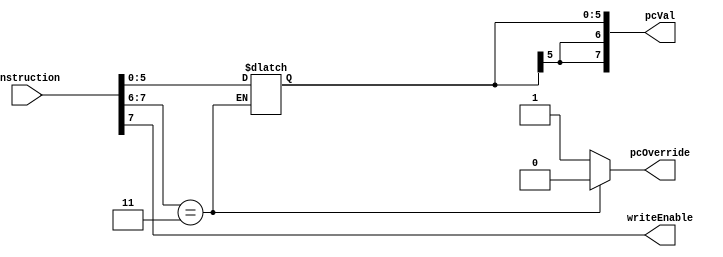
`timescale 1ns / 1ps
//////////////////////////////////////////////////////////////////////////////////
// 
// Module Name:    CU 
//////////////////////////////////////////////////////////////////////////////////
module CU(
    input [7:0] instruction,
    output reg writeEnable,
    output reg [7:0]pcVal,
    output reg pcOverride
    );


//CU implementation

initial begin
	pcVal = 8'b00000000;
	pcOverride = 1'b1;
	writeEnable = 1'b1;
end

always @(instruction) begin
	writeEnable = instruction[7];
	if(instruction[7:6] == 2'b11) begin
		pcOverride = 1'b0;
		pcVal = {{2{instruction[5]}},instruction[5:0]};
	end
	else begin
		pcOverride = 1'b1;
	end
	
end

endmodule